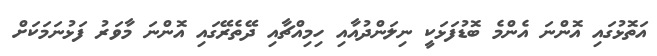
އަތޮޅުގައި އޮންނަ އެންމެ ބޮޑުފަޅަކީ ނިލަންދުއާއި ހިމިއްޗާއި ދޭތެރޭގައި އޮންނަ މާވަރު ފަޅުނަމަކަށް